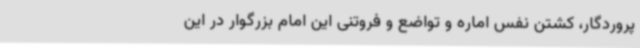
پروردگار، کشتن نفس اماره و تواضع و فروتنی این امام بزرگوار در این